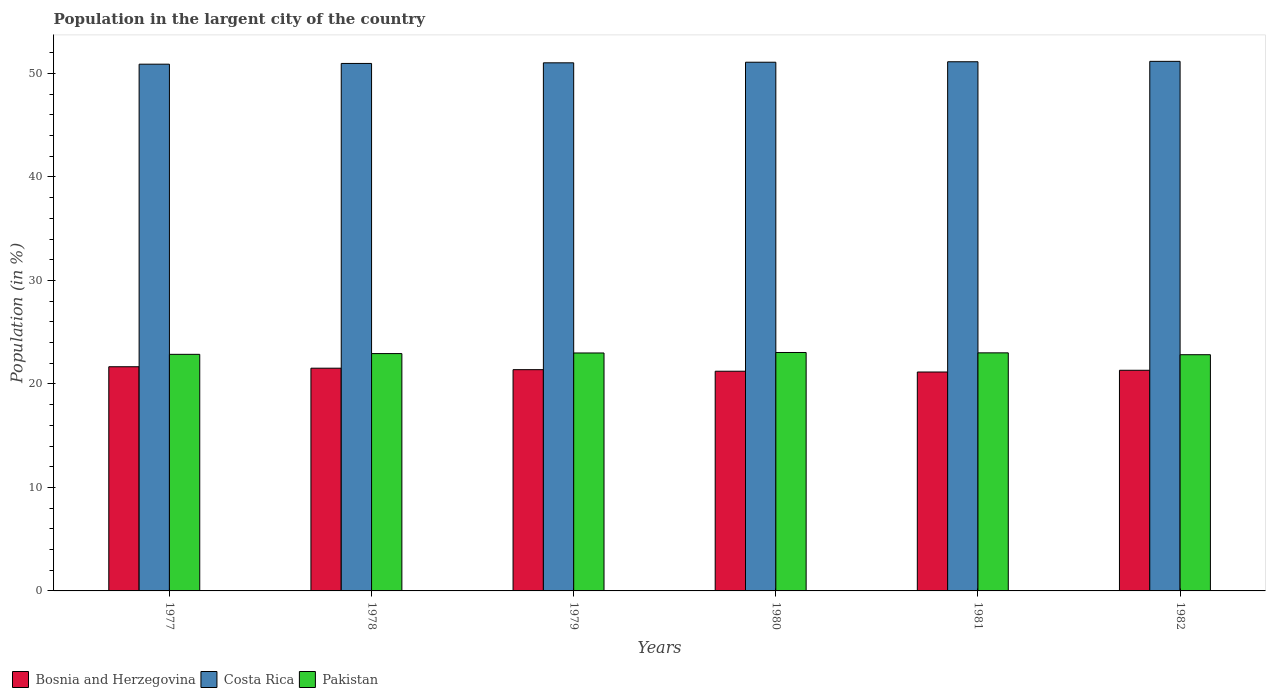
| Years | Bosnia and Herzegovina | Costa Rica | Pakistan |
 | --- | --- | --- | --- |
 | 1977 | 21.7 | 50.9 | 22.9 |
 | 1978 | 21.5 | 51 | 22.9 |
 | 1979 | 21.4 | 51 | 23 |
 | 1980 | 21.2 | 51.1 | 23 |
 | 1981 | 21.2 | 51.1 | 23 |
 | 1982 | 21.3 | 51.2 | 22.8 |